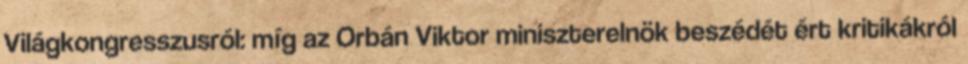
Világkongresszusról: míg az Orbán Viktor miniszterelnök beszédét ért kritikákról